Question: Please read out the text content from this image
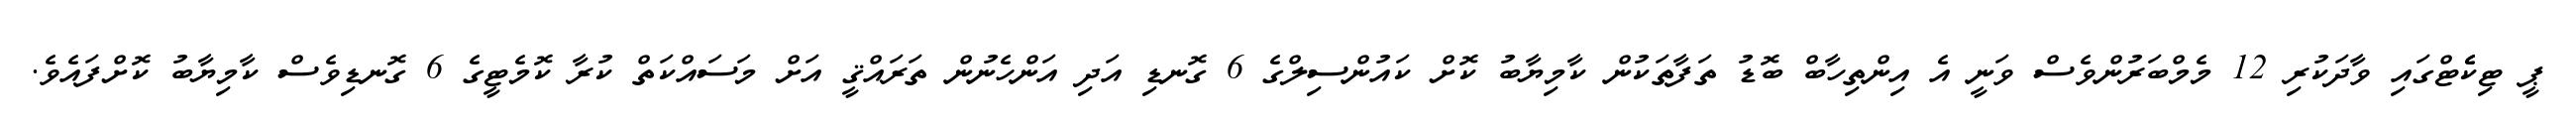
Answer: ޕީ ޓިކެެޓްގައި ވާދަކުރި 12 މެމްބަރުންވެސް ވަނީ އެ އިންތިހާބް ބޮޑު ތަފާތަކުން ކާމިޔާބު ކޮށް ކައުންސިލްގެ 6 ގޮނޑި އަދި އަންހެނުން ތަރައްޤީ އަށް މަސައްކަތް ކުރާ ކޮމެޓީގެ 6 ގޮނޑިވެސް ކާމިޔާބު ކޮށްފައެވެ.